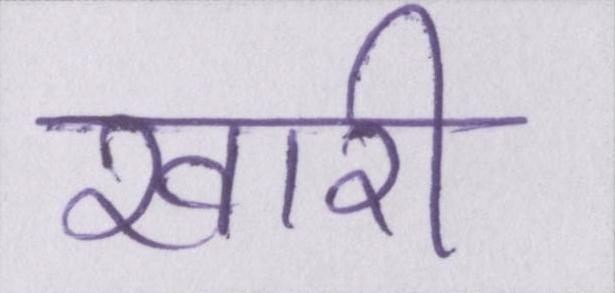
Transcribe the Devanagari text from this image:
खारी